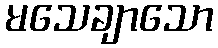
မသေချာသော